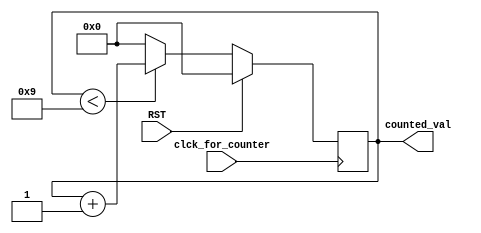
`timescale 1ns / 1ps


// counts seconds, minutes, hours
module clock_counter(
input clck_for_counter,RST,
output reg [3:0] counted_val);

always @(posedge clck_for_counter)begin
if(RST) begin // reset clock 
counted_val=0;
end//if
else if(counted_val<9) begin
counted_val=counted_val+1;
end//else if
else begin// after 10s
counted_val=0;
end//else
end // always
endmodule